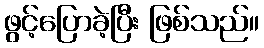
ဖွင့်ပြောခဲ့ပြီး ဖြစ်သည်။